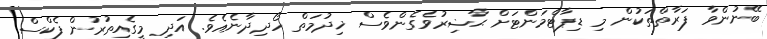
ބޭނުންވާ ފަރާތްތަކުން މި ޑިޕާޓްމަންޓަށް ޙާޟިރުވެގެންވެސް ޚިދުމަތް ހޯދިދާނެއެވެ. އަދި މީގެއިތުރުން ފެކްސް